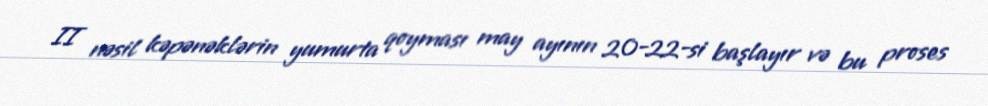
II nəsil kəpənəklərin yumurta qoyması may ayının 20-22-si başlayır və bu proses